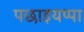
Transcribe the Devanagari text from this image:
पछाइयप्पा